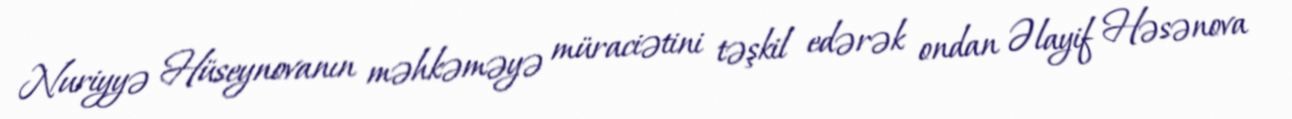
Nuriyyə Hüseynovanın məhkəməyə müraciətini təşkil edərək ondan Əlayif Həsənova